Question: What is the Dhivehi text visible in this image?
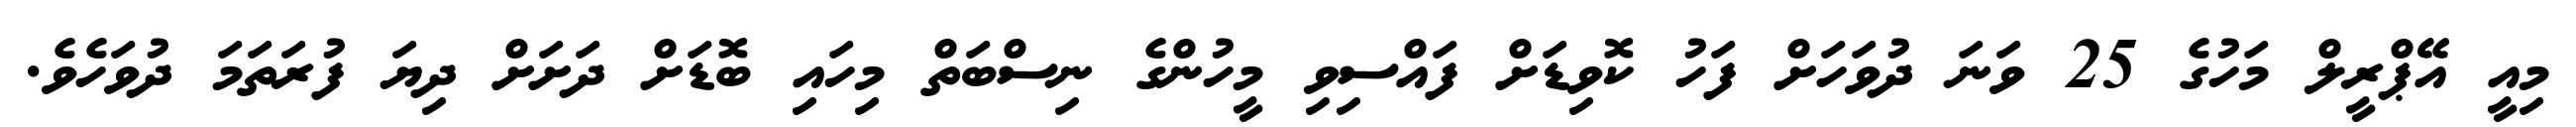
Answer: މިއީ އޭޕްރީލް މަހުގެ 25 ވަނަ ދުވަހަށް ފަހު ކޮވިޑަށް ފައްސިވި މީހުންގެ ނިސްބަތް މިހައި ބޮޑަށް ދަށަށް ދިޔަ ފުރަތަމަ ދުވަހެވެ.